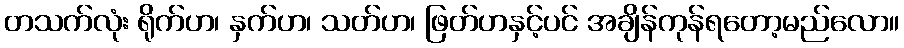
တသက်လုံး ရိုက်ဟ၊ နှက်ဟ၊ သတ်ဟ၊ ဖြတ်ဟနှင့်ပင် အချိန်ကုန်ရတော့မည်လော။